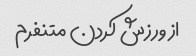
از ورزش کردن متنفرم